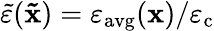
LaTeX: \tilde{\varepsilon}(\mathbf{\tilde{x}})=\varepsilon_{\mathrm{avg}}(\mathbf{x})/\varepsilon_{\mathrm{c}}